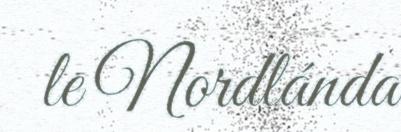
le Nordlánda